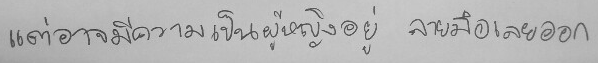
แต่อาจจมีความเป็นผู้หญิงอยู่ ลายมือเลยออก